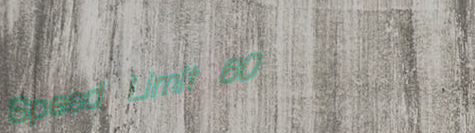
Speed Limit 60